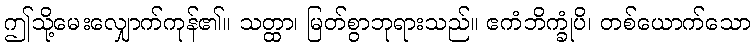
ဤသို့မေးလျှောက်ကုန်၏။ သတ္ထာ၊ မြတ်စွာဘုရားသည်။ ဧကံဘိက္ခုံပိ၊ တစ်ယောက်သော